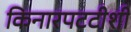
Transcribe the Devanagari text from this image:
किनारपटटीशी